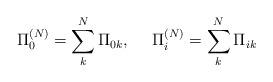
LaTeX: \begin{align*}\Pi_0^{(N)}=\sum_k^N \Pi_{0k},~~~~\Pi_i^{(N)}=\sum_k^N \Pi_{ik}\end{align*}